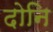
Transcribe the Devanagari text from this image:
दोनि